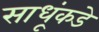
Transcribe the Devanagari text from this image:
साधूंकडे